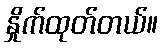
နှိုက်ထုတ်တယ်။